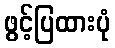
ဖွင့်ပြထားပုံ